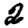
Digit: 2